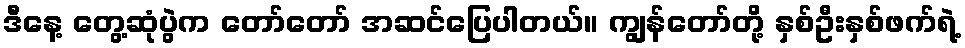
ဒီနေ့ တွေ့ဆုံပွဲက တော်တော် အဆင်ပြေပါတယ်။ ကျွန်တော်တို့ နှစ်ဦးနှစ်ဖက်ရဲ့